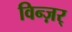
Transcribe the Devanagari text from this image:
विन्ज़र्